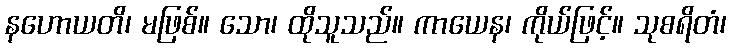
နဟောယတိ၊ မဖြစ်။ သော၊ ထိုသူသည်။ ကာယေန၊ ကိုယ်ဖြင့်။ သုစရိတံ၊